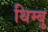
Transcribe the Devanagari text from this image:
थिम्बु